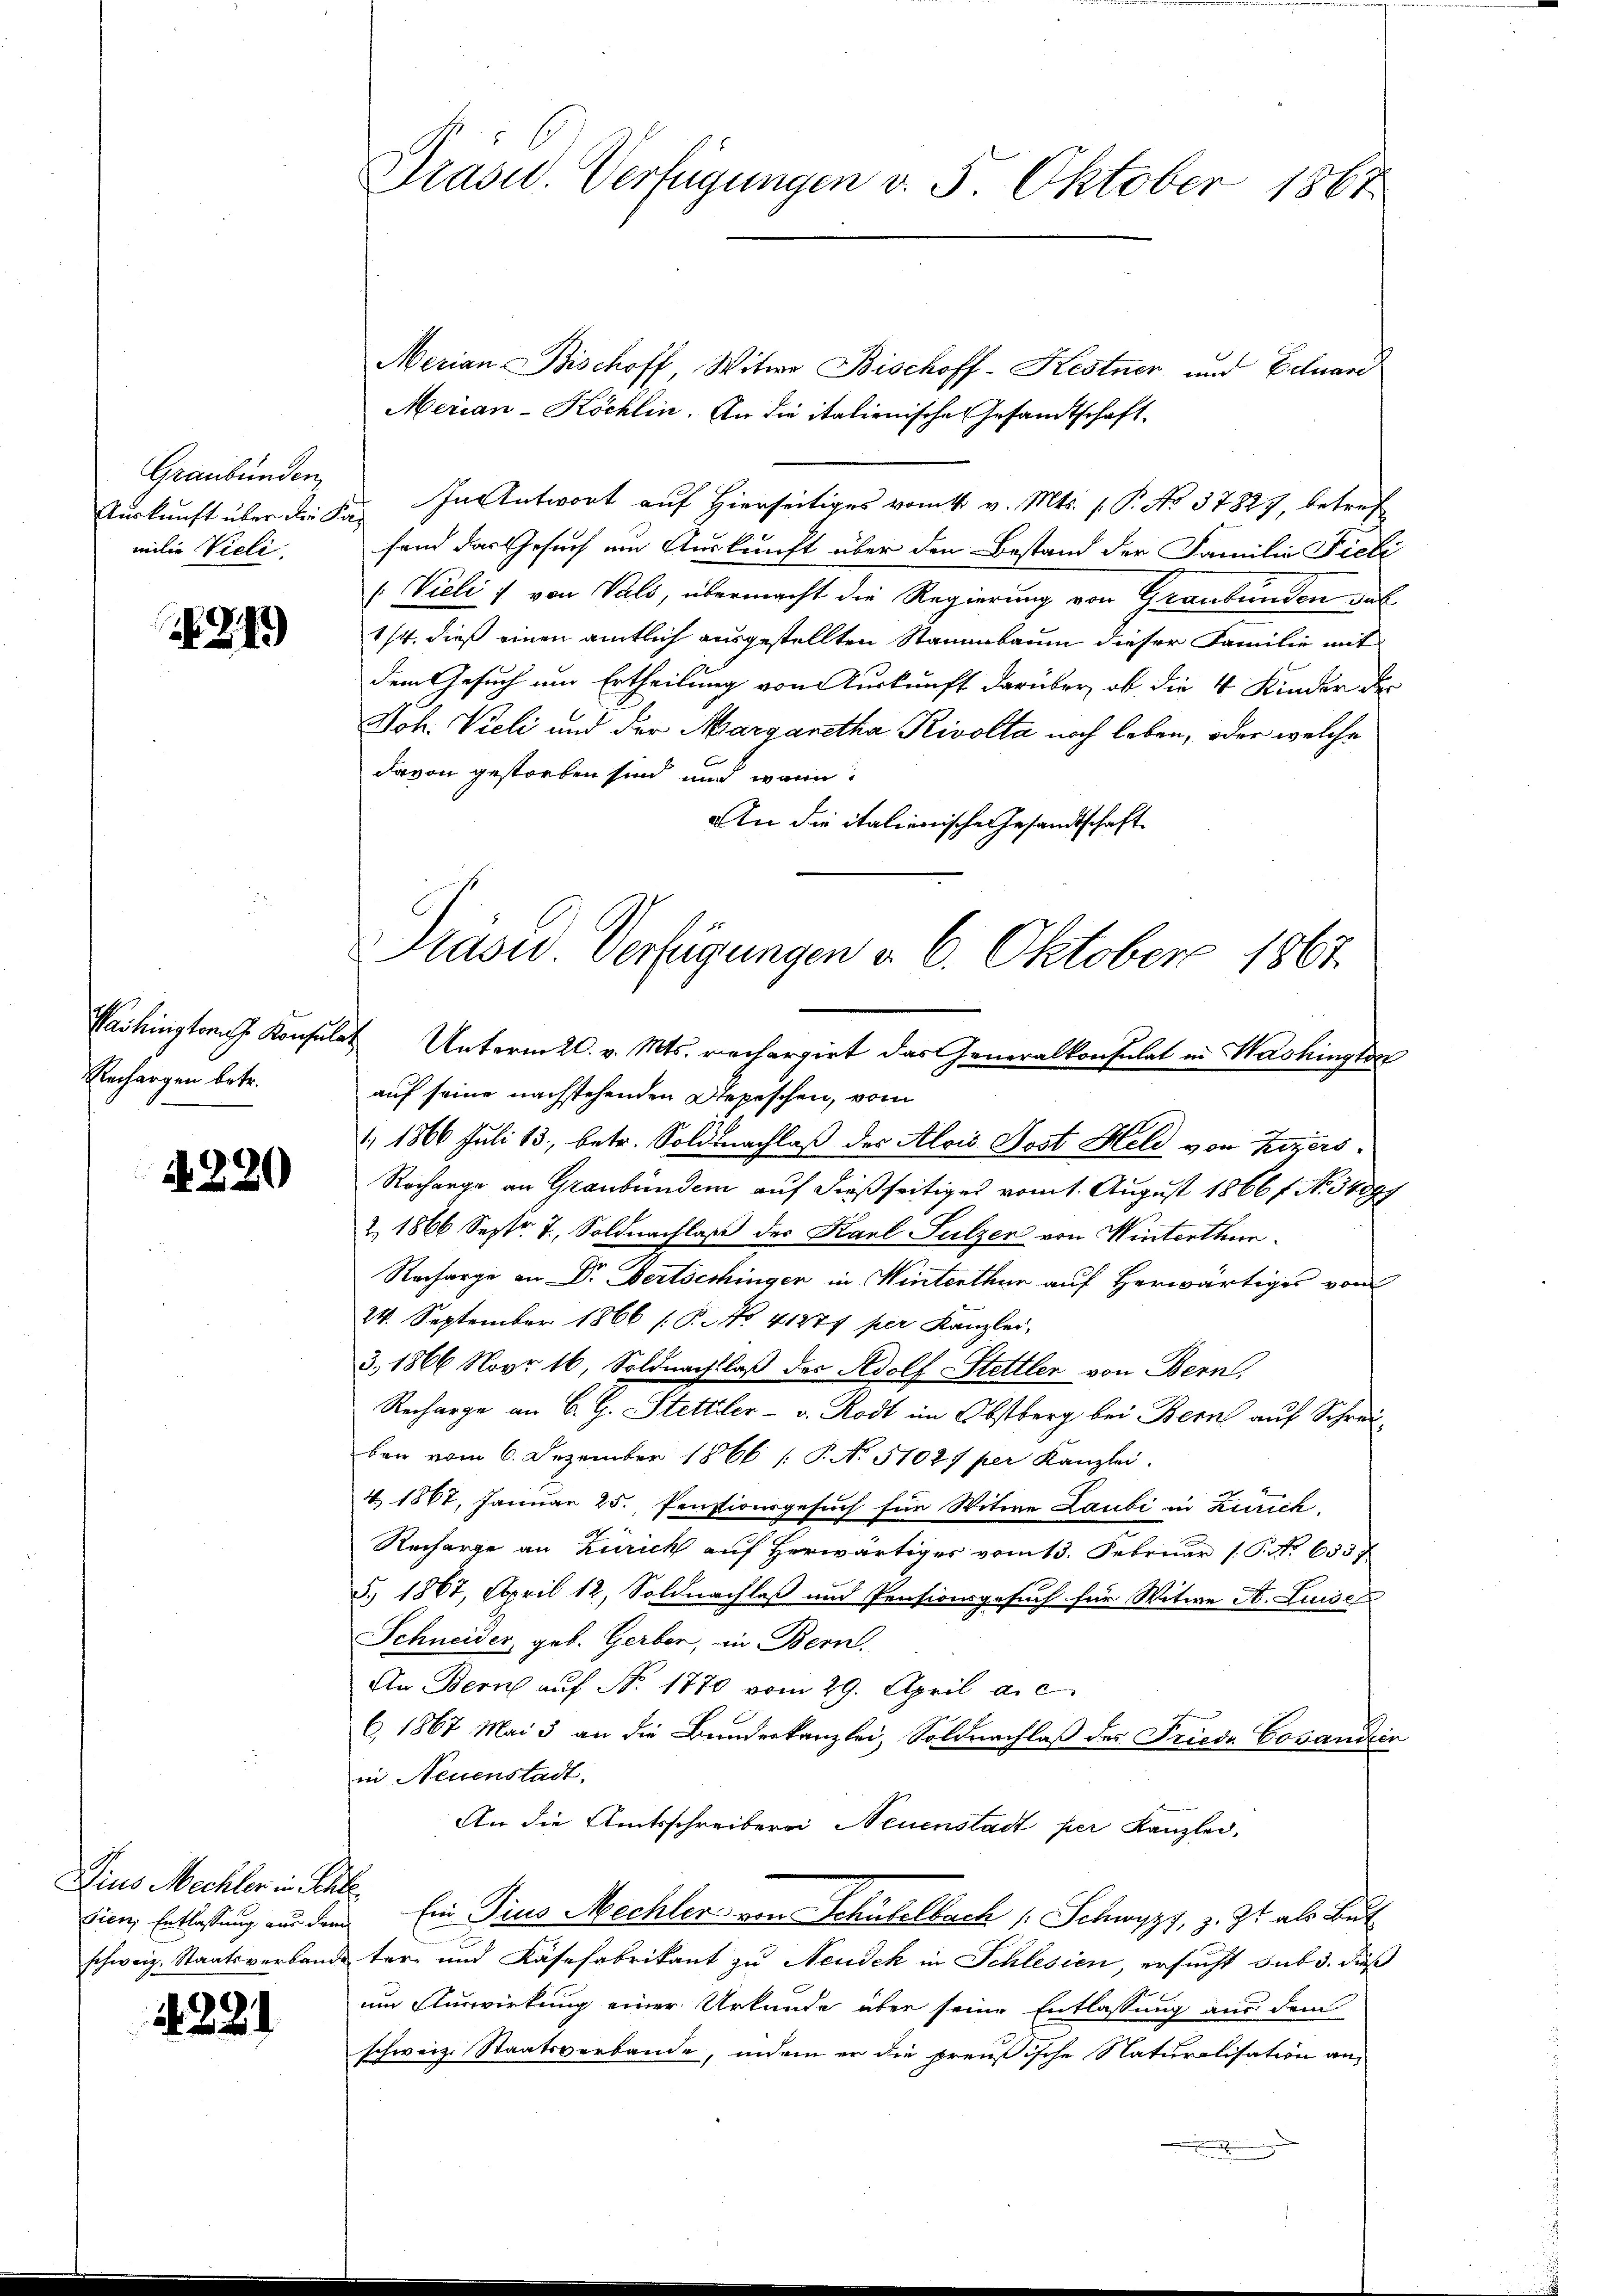
Graubünden,
milie Vieli

24)

Rechargen betr.

4280

Zins Mechter in Sch
sien, Entlassung aus den
schweiz. Staatsverband.

4281

Prasid. Verfügungen d. 5. Oktober 1867

Merian Bischoff Witwe Bischoff-Kestner und Eduard
Merian-Köchlin. An die italienische Gesandtschaft¬
Auskunft über die Fr. In Antwort auf Hierseitiges vom 4. v. Mts. 1. P. No 37827, betref
fend das Gesuch um Auskunft über den Bestand der Familie Fiele
/. Vieli von Vals, übermacht die Regierung von Graubünden Fal
1/4. dieß einen amtlich ausgestellten Stammbaum dieser Familie mit
dem Gesuch um Ertheilung von Auskunft darüber, ob die 4 Kinder de
Joh. Vieli und der Margaretha Rivolta noch leben, oder welche
davon gestorben sind und wenn
An die italienische Gesandtschaft
1. 1866 Juli 13. betr. Soldnachlaß des Alois Post Held von Rezers
Rochange an Graubünden auf dießseitiges vom 1. August 1866 f. No 34891
& 1866 Septr. T., Soldnachlaß der Karl Sulzer von Winterthur.
Racharge an Dr. Bertschingen in Winterthur auf herwärtiges von
24. September 1866 [P. No. 41877 per Kanzlei,
3. 1866 Novr 16, Soldnachlaß des Adolf Stettler von Bern,
Recharge an B. G. Stettler - u. Rodt im Obstberg bei Bern auf Schreiben vom 6. Dezember 1866 / P. No 51027 per Kanzlei.
4. 1867, Januar 25. Pensionsgesuch für Witwe Laubi in Zurick,
Recharge an Zürich auf herwärtiger vom 13. Februar 1. P. Nr. 653
§. 1867, April 12, Soldnachlaß und Pensionsgesuch für Witwe A. Luise
Schneider, geb. Gerber, in Bern.
An Bern auf No 1770 vom 29. April a. c.
6. 1867 Mai 3 an die Bunderkanzlei, Soldnachlaß des Friede Cocandic
in Neuenstadt.
An die Amtsschreiberei Neuenstadt per Kanzlei,
 Ein Pius Mechler von Schülelbach 1 Schwyz, z. Zt. als Baut
ter- und Käsefabrikant zu Neudch in Schlesien, ersucht sub 3. Fuß
um Auswirkung einer Urkunde über seine Entlassung aus dem
schweiz. Staatsverbande, indem er die preußische Naturalisation an

Präse Verfügungen v. 6. Oktober 1867.
Washington Konsulat Unterm 20. v. Mts. rechargirt das Generalkonsulat in Washington
auf seine nachstehenden Depeschen, vom